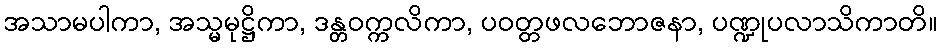
အသာမပါကာ, အသ္မမုဋ္ဌိကာ, ဒန္တဝက္ကလိကာ, ပဝတ္တဖလဘောဇနာ, ပဏ္ဍုပလာသိကာတိ။